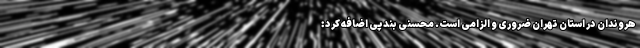
هروندان در استان تهران ضروری و الزامی است. محسنی بندپی اضافه کرد: